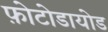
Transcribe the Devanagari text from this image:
फ़ोटोडायोड